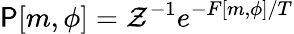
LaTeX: \mathsf{P}[m,\phi]=\mathcal{{Z}}^{-1}e^{-F[m,\phi]/T}